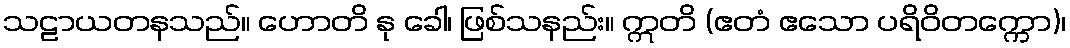
သဠာယတနသည်။ ဟောတိ နု ခေါ၊ ဖြစ်သနည်း။ ဣတိ (ဧတံ ဧသော ပရိဝိတက္ကော)၊